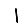
Digit: 1